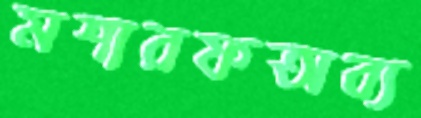
মশারফঅব্য